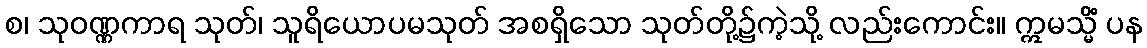
စ၊ သုဝဏ္ဏကာရ သုတ်၊ သူရိယောပမသုတ် အစရှိသော သုတ်တို့၌ကဲ့သို့ လည်းကောင်း။ ဣမသ္မိံ ပန